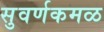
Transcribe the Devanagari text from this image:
सुवर्णकमळ